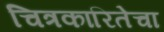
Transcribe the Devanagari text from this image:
चित्रकारितेचा